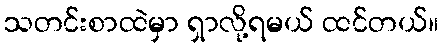
သတင်းစာထဲမှာ ရှာလို့ရမယ် ထင်တယ်။